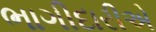
ભાગીદારીએ